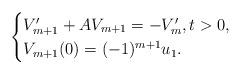
LaTeX: \begin{align*}\begin{cases}V_{m+1}'+AV_{m+1}=-V_{m}', t>0,\\V_{m+1}(0)=(-1)^{m+1}u_1.\end{cases}\end{align*}